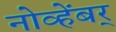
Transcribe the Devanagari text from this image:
नोव्हेंबर्